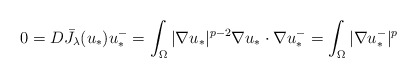
\begin{align*} 0 = D\bar J_\lambda(u_*) u_*^- = \int_\Omega |\nabla u_*|^{p-2} \nabla u_* \cdot \nabla u_*^- = \int_\Omega |\nabla u_*^-|^p\end{align*}